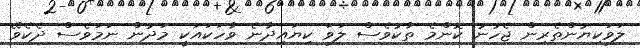
ލަވަކިޔުންތެރިން ޖެހުނު ކޮންމެ ތާކުވެސް ލަވަ ކިޔައިދާނެ ވާހަކައަކީ މަދުން ނަމަވެސް ދެކެވޭ